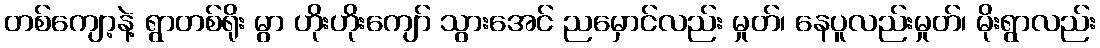
တစ်ကျော့နဲ့ ရွာတစ်ရိုး မွာ ဟိုးဟိုးကျော် သွားအေင် ညမှောင်လည်း မှုတ်၊ နေပူလည်းမှုတ်၊ မိုးရွာလည်း